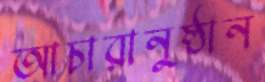
আচারানুষ্ঠান